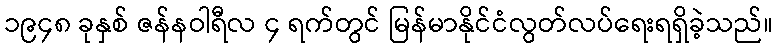
၁၉၄၈ ခုနှစ် ဇန်နဝါရီလ ၄ ရက်တွင် မြန်မာနိုင်ငံလွတ်လပ်ရေးရရှိခဲ့သည်။